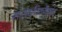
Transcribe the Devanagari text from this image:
सांस्कृतिकवैभव